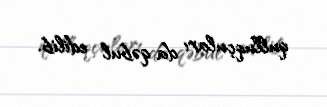
qulluqçuları da qəbul edilib.